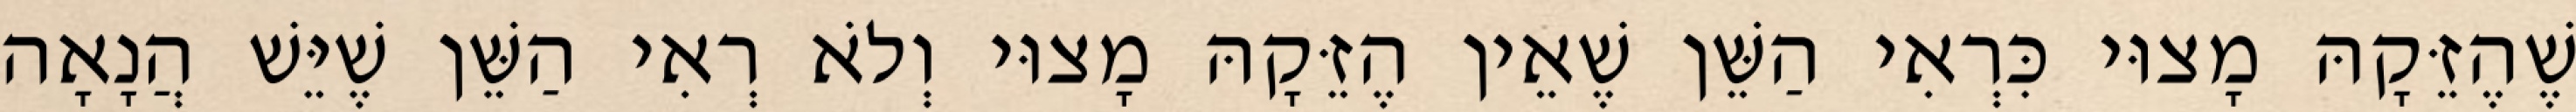
שֶׁהֶזֵּקָהּ מָצוּי כִּרְאִי הַשֵּׁן שֶׁאֵין הֶזֵּקָהּ מָצוּי וְלֹא רְאִי הַשֵּׁן שֶׁיֵּשׁ הֲנָאָה